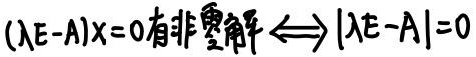
\((\lambda E - A)x = 0有非零解\Longleftrightarrow|\lambda E - A| = 0\)